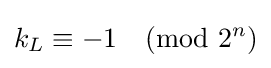
k_{L}\equiv -1{\pmod {2^{n}}}